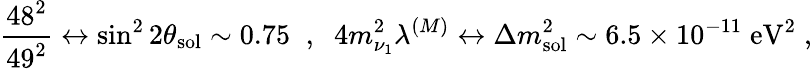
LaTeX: \frac{48^{2}}{49^{2}}\leftrightarrow\sin^{2}2\theta_{\mathrm{sol}}\sim 0.75\; \; ,\; \; 4m_{\nu_{1}}^{2}\lambda^{(M)}\leftrightarrow\Delta m_{\mathrm{sol}}^{2}\sim 6.5\times 10^{-11}\; \mathrm{eV}^{2}\; ,